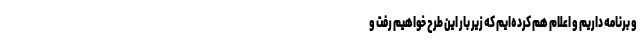
و برنامه داریم و اعلام هم کرده‌ایم که زیر بار این طرح خواهیم رفت و